Indian journal of veterinary science and animal husbandry - Volume 3,
Year: 1933
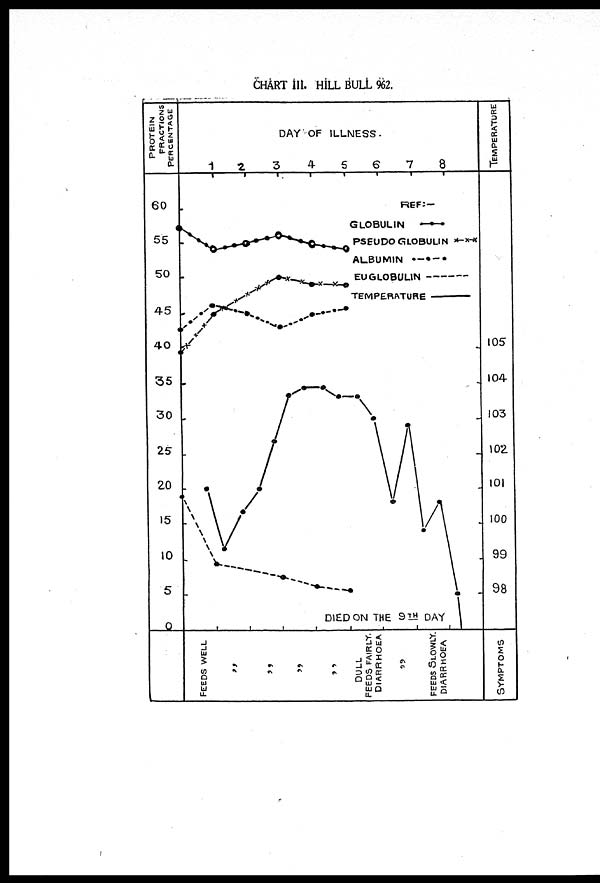
CHART III. HILL BULL 962.